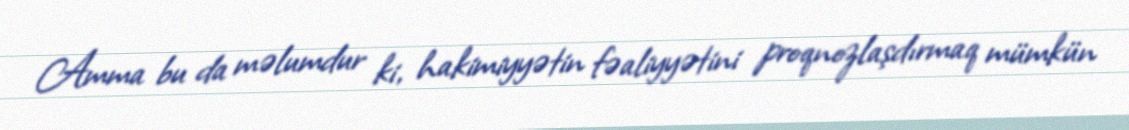
Amma bu da məlumdur ki, hakimiyyətin fəaliyyətini proqnozlaşdırmaq mümkün